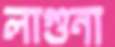
লাগুনা